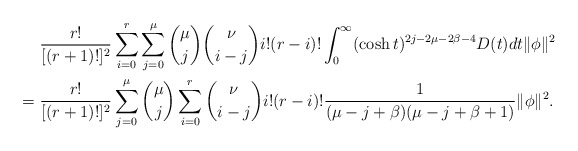
\begin{align*}&~\frac{r!}{[(r+1)!]^2}\sum^r_{i=0}\sum^\mu_{j=0} {\mu\choose j}{\nu\choose i-j}i!(r-i)!\int^\infty_0(\cosh t)^{2j-2\mu-2\beta-4}D(t)dt \|\phi\|^2\\=&~\frac{r!}{[(r+1)!]^2}\sum^\mu_{j=0}{\mu\choose j}\sum^r_{i=0}{\nu\choose i-j}i!(r-i)!\frac{1}{(\mu-j+\beta)(\mu-j+\beta+1)}\|\phi\|^2.\end{align*}